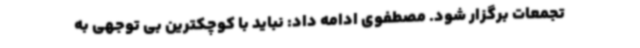
تجمعات برگزار شود. مصطفوی ادامه داد: نباید با کوچکترین بی توجهی به